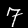
Digit: 7